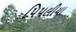
પિપલીયા